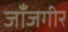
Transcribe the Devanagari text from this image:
जाँजगीर